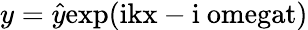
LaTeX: y=\hat{y}\mathrm{{exp}(ikx-i\ omegat)}